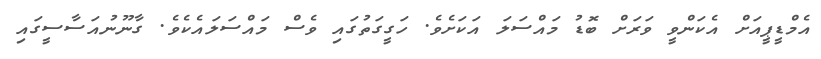
އެމްޑީޕީއަށް އެކަންވީ ވަރަށް ބޮޑު މައްސަލަ އަކަށެވެ. ހަގީގަތުގައި ވެސް މައްސަލައެކެވެ. ގާނޫނުއަސާސީގައި